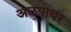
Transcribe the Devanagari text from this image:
अलपाथर